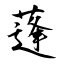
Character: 蓬